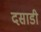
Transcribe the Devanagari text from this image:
दसाडी